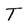
Character: T